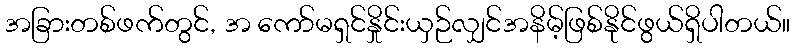
အခြားတစ်ဖက်တွင်, အ ကော်မရှင်နှိုင်းယှဉ်လျှင်အနိမ့်ဖြစ်နိုင်ဖွယ်ရှိပါတယ်။